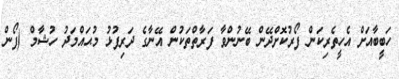
ހަބީބާއަށް އެހީތެރިކަން ފޯރުކޮށްދޭން ބޭނުންވާ ފަރާތްތަކުން އޭނާގެ ދަރިފުޅު މުޙައްމަދު ހުޝާމް (ފޯން